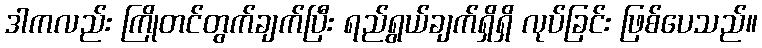
ဒါကလည်း ကြိုတင်တွက်ချက်ပြီး ရည်ရွယ်ချက်ရှိရှိ လုပ်ခြင်း ဖြစ်ပေသည်။